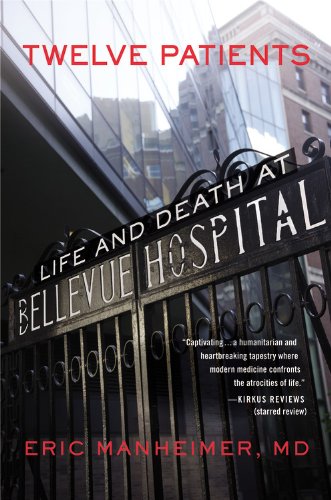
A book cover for Twelve Patients: Life and Death at Bellevue Hospital; Eric Manheimer; Medical Books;